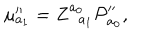
LaTeX: \mu _ { a _ { 1 } } ^ { \prime \prime } = Z _ { \; \; a _ { 1 } } ^ { a _ { 0 } } { \cal P } _ { a _ { 0 } } ^ { \prime \prime } ,